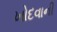
ખોદવાની